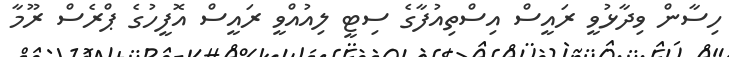
ހިސާން ވިދާޅުވީ ރައީސް އިސްތިއުފާގެ ސިޓީ ލިއުއްވީ ރައީސް އޮފީހުގެ ޕްރެސް ރޫމާ